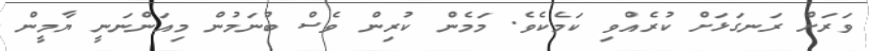
ވަރަށް ރަނގަޅަށް ކުރެއްވި ކަމެކެވެ. މަމެން ކުރިން ވެސް ބުނަމުން މިއަންނަނީ ޔާމީން